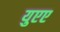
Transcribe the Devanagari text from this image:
युएए